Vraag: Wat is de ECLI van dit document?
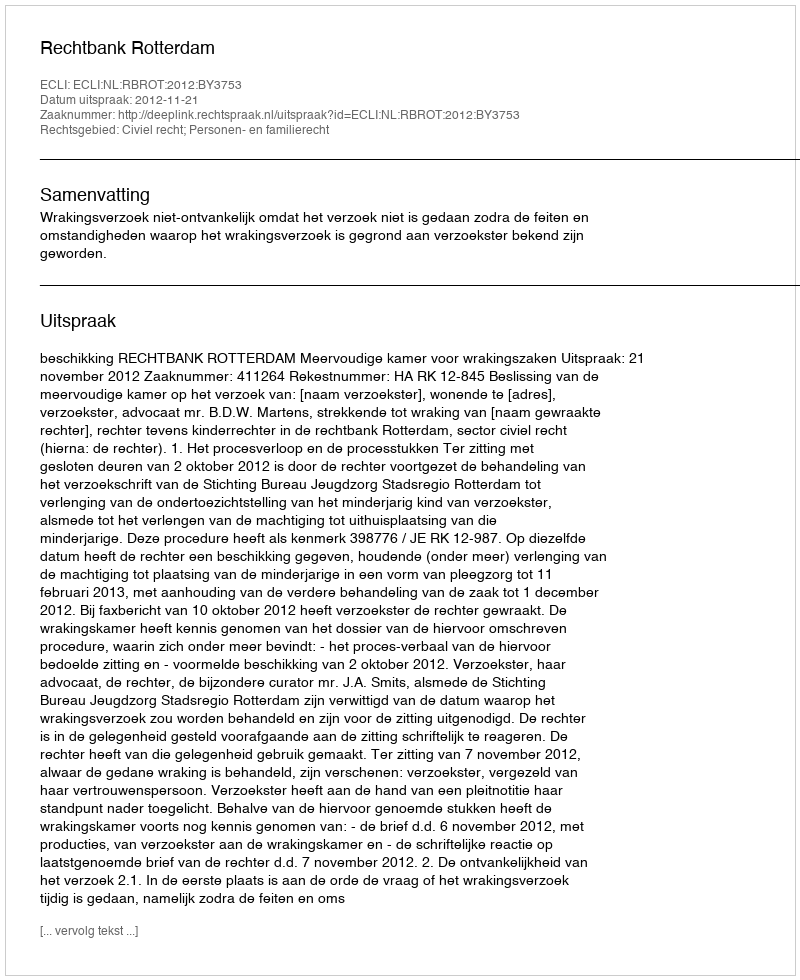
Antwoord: ECLI:NL:RBROT:2012:BY3753